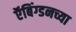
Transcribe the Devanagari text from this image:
ऍबिंग्डनच्या